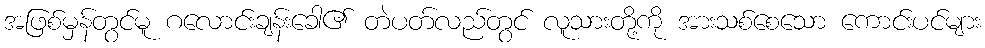
အဖြစ်မှန်တွင်မူ ဂလောင်းချန်းခေါ၏ တဲပတ်လည်တွင် လူသားတို့ကို အားသစ်စေသော ကောင်းပင်များ